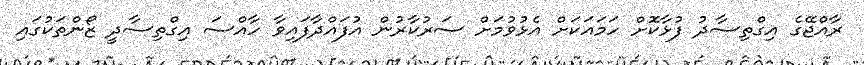
ރާއްޖޭގެ އިގްތިސާދު ފުޅާކޮށް ހަމައަކަށް އެޅުވުމަށް ސަރުކާރުން އުފައްދާފައިވާ ހާއްސަ އިގްތިސާދީ ޒޯންތަކުގައި